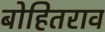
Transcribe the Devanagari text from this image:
बोहितराव